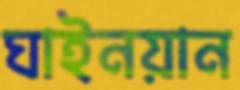
ঘাইনয়ান